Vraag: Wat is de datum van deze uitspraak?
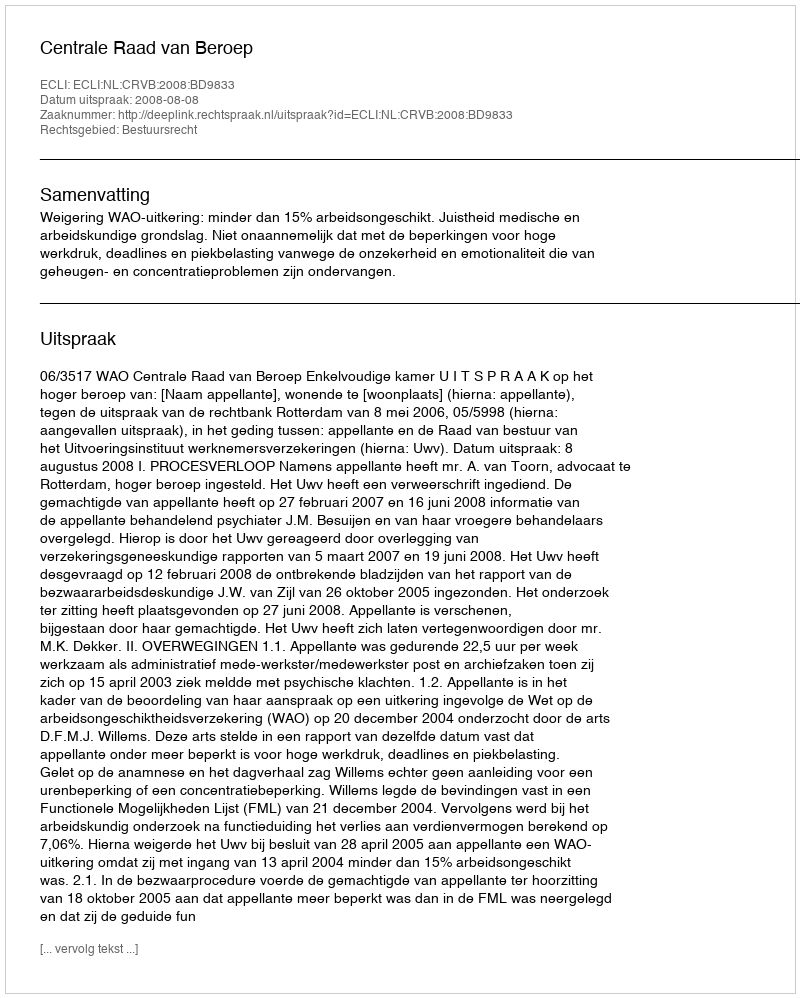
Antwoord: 2008-08-08